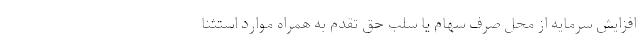
افزایش سرمایه از محل صرف سهام یا سلب حق تقدم به همراه موارد استثنا